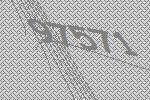
97571